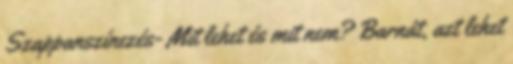
Szappanszínezés- Mit lehet és mit nem? Barnát, azt lehet